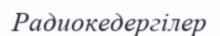
Радиокедергілер